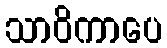
သာဝိကာပေ